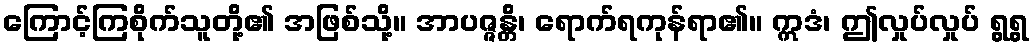
ကြောင့်ကြစိုက်သူတို့၏ အဖြစ်သို့။ အာပဇ္ဇန္တိ၊ ရောက်ရကုန်ရာ၏။ ဣဒံ၊ ဤလှုပ်လှုပ် ရွရွ